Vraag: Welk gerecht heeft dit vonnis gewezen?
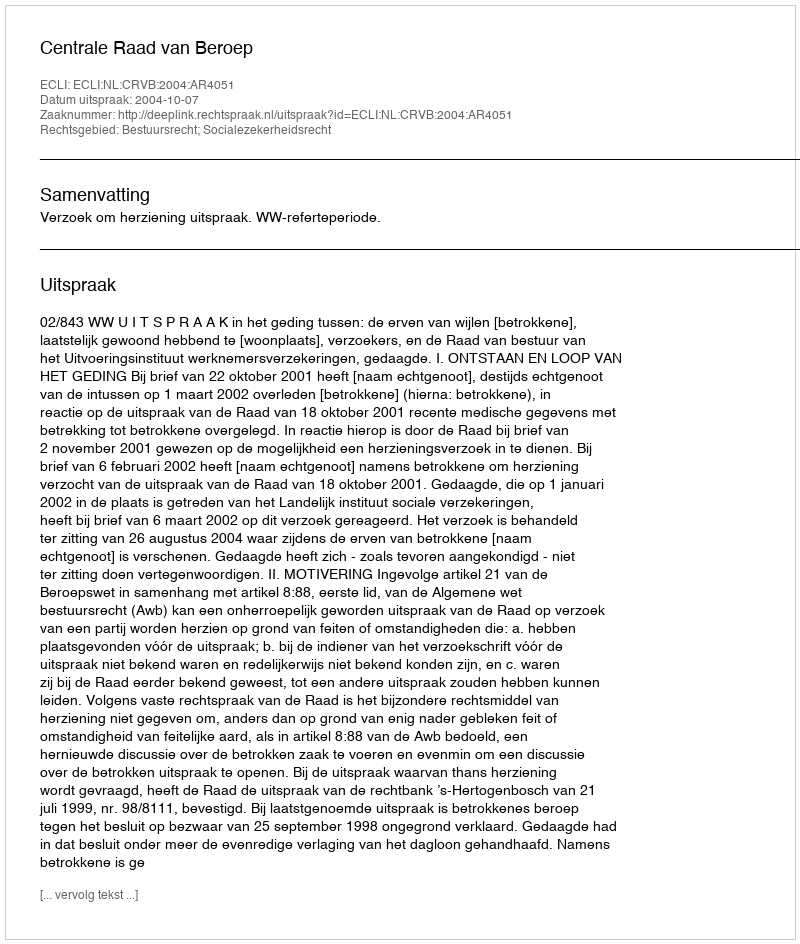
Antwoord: Centrale Raad van Beroep